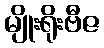
မျိုးရိုးဗီဇ